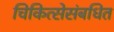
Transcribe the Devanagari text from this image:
चिकित्सेसंबधित